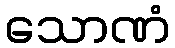
သောဏံ